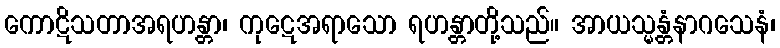
ကောဋိသတာအရဟန္တာ၊ ကုဋေအရာသော ရဟန္တာတို့သည်။ အာယသ္မန္တံနာဂသေနံ၊